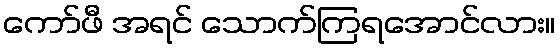
ကော်ဖီ အရင် သောက်ကြရအောင်လား။